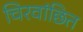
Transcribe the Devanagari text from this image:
चिरवांछित